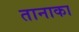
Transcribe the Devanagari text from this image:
तानाका